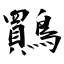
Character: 鷶